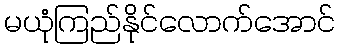
မယုံကြည်နိုင်လောက်အောင်